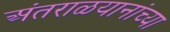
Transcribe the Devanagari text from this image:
अंतराळयानांच्या